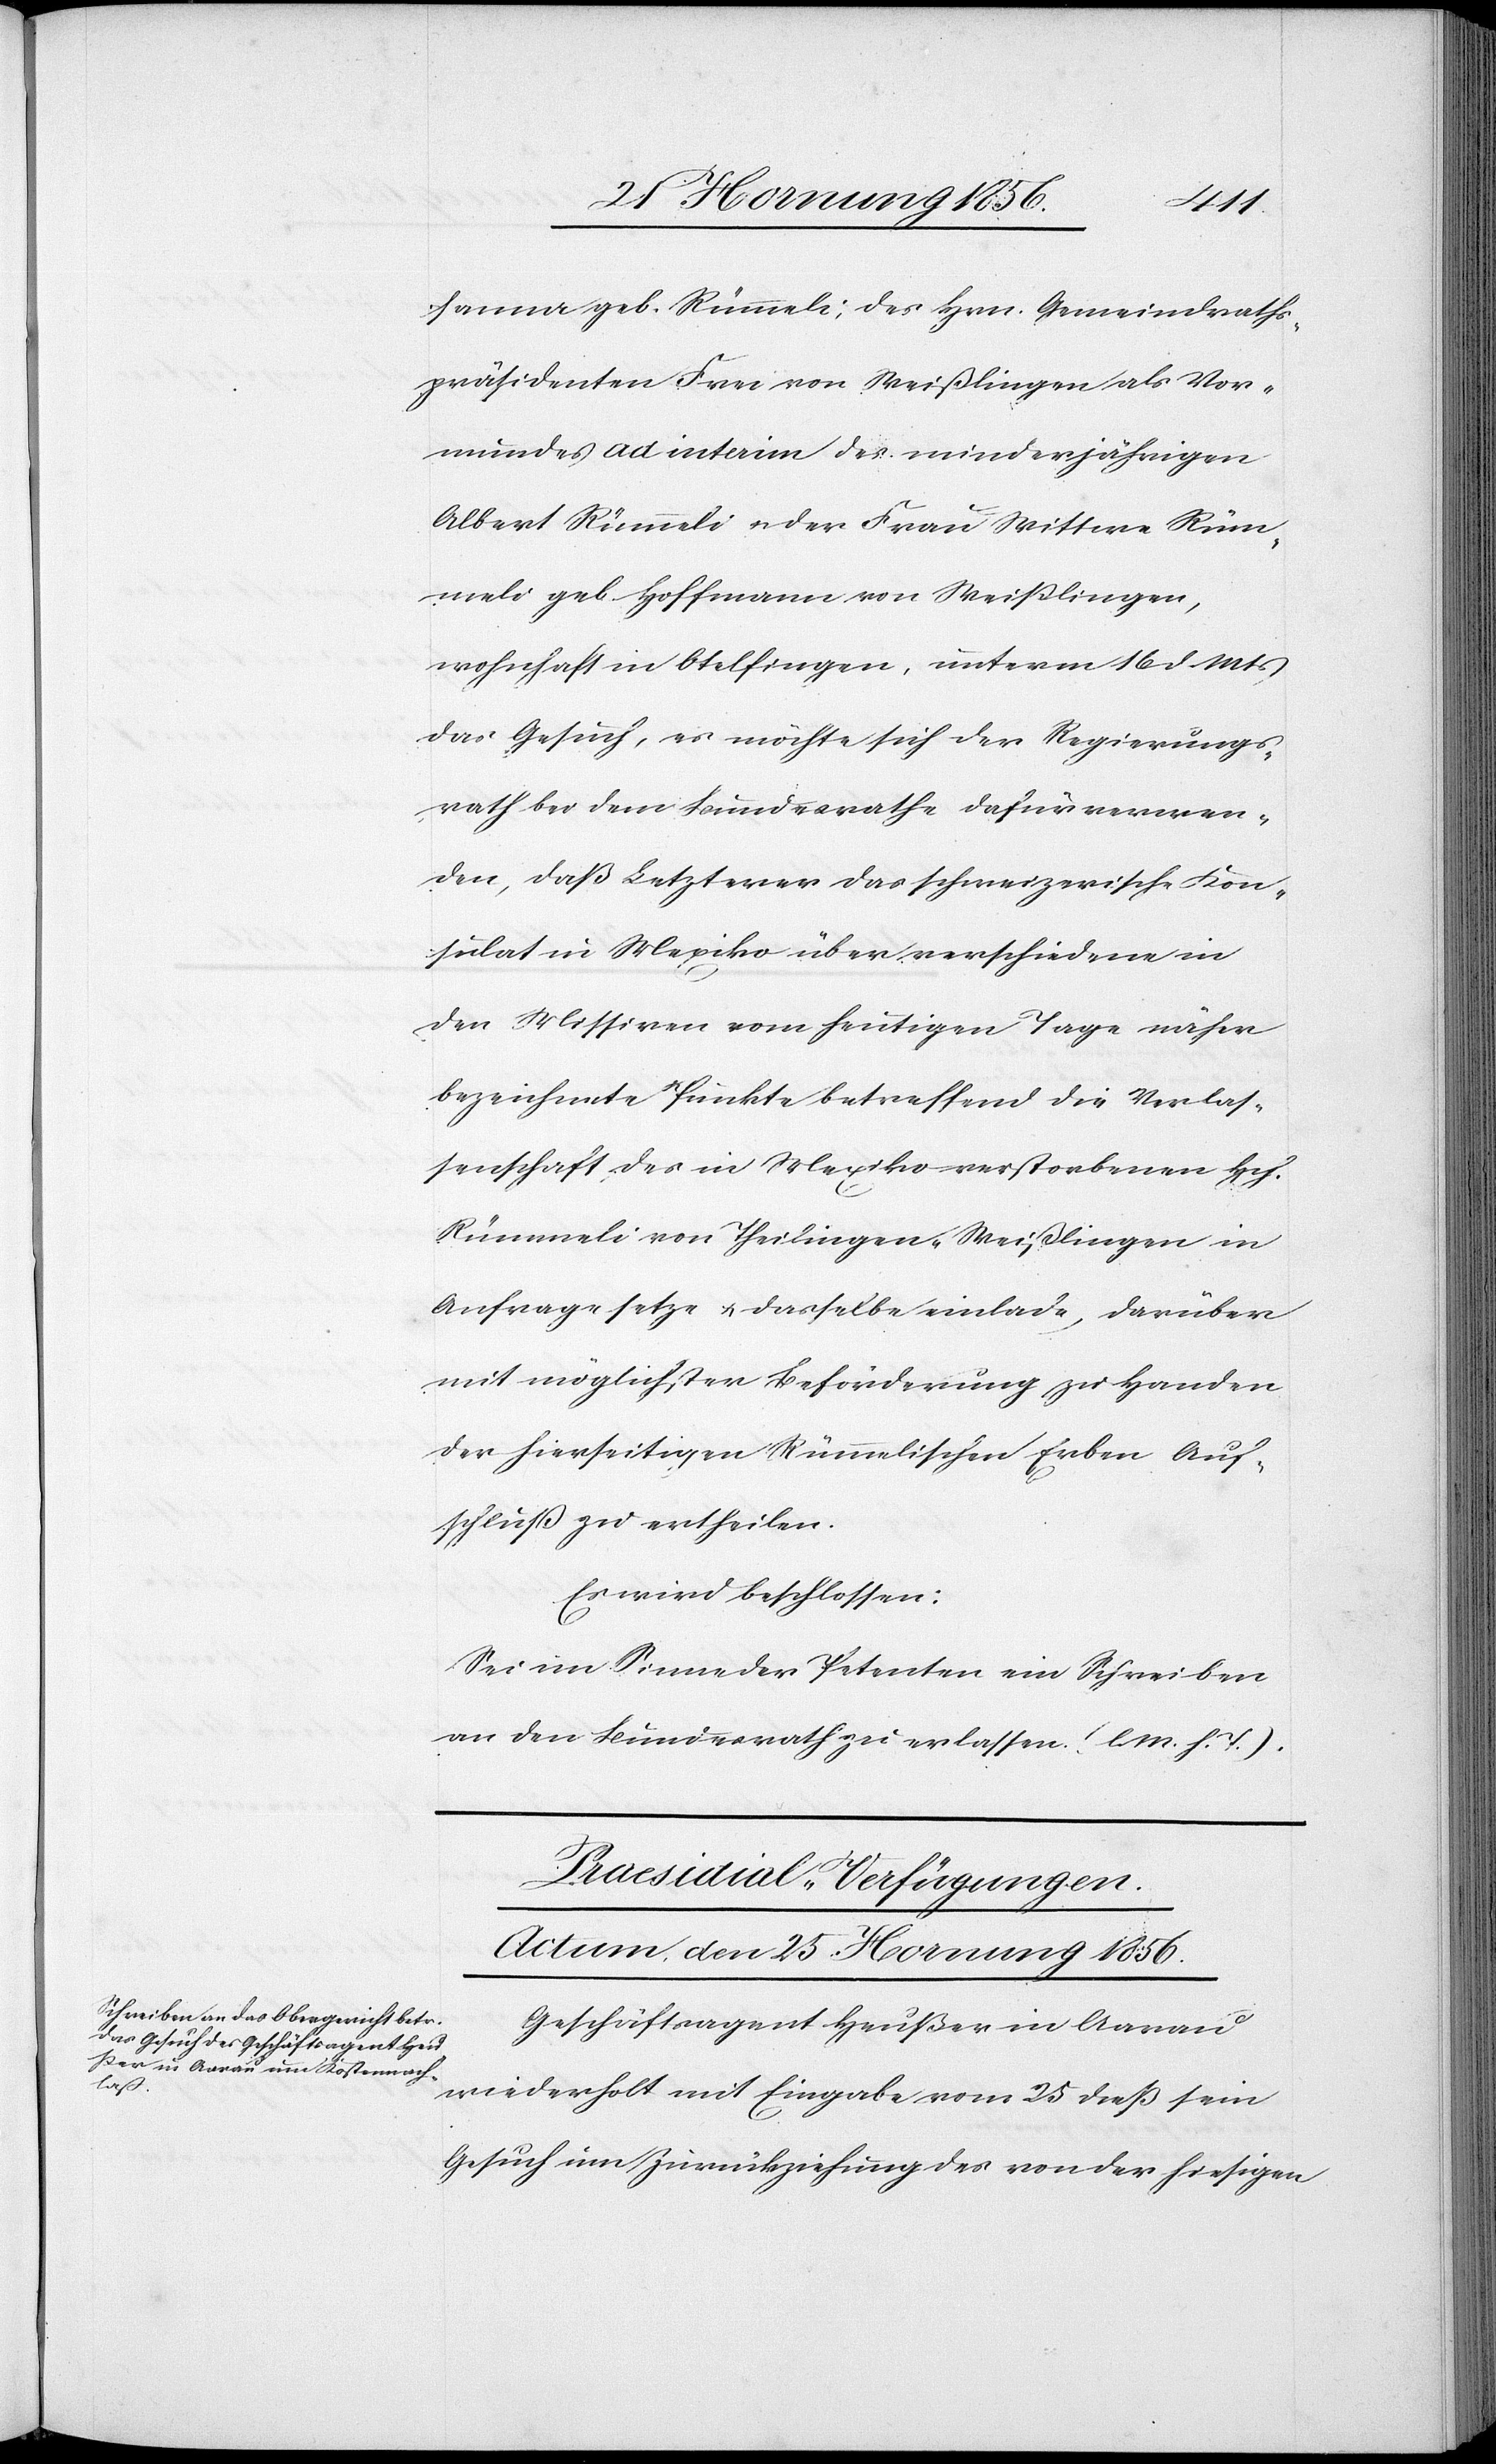
sanna geb. Rümmeli; des Hrn. Gemeindraths¬
präsidenten Frei von Weißlingen als Vor¬
mundes ad interim des minderjährigen
Albert Rümmeli u. der Frau Wittwe Rüm¬
meli geb. Hoffmann von Weißlingen,
wohnhaft in Otelfingen, unterm 16 d. Mts
das Gesuch, es möchte sich der Regierungs¬
rath bei dem Bundesrathe dafür verwen¬
den, daß Letzterer das schweizerische Kon¬
sulat in Mexiko über verschiedene in
den Missiven vom heutigen Tage näher
bezeichneten Punkte betreffend die Verlas¬
senschaft des in Mexiko verstorbenen Hch.
Rümmeli von Theilingen-Weißlingen in
Anfrage setze u. dasselbe einlade, darüber
mit möglichster Beförderung zu Handen
der hierseitigen Rümmelischen Erben Auf¬
schluß zu ertheilen.
Es wird beschlossen:
Sei im Sinne der Petenten ein Schreiben
an den Bundesrath zu erlassen. (l. M. h. T.)
Praesidial-Verfügungen.
Actum, den 25. Hornung 1856.
Geschäftsagent Heußer in Aarau
wiederholt mit Eingabe vom 25 dieß sein
Gesuch um Zurückziehung des von der hiesigen